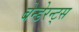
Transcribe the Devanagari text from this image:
बेन्डेरन्ट्स